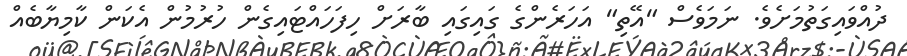
ދުއްވައިގަތުމަށެވެ. ނަމަވެސް "އޭތި" އަހަރެންގެ ގައިގައި ބާރަށް ހިފަހައްޓައިގެން ހުރުމުން އެކަން ކާމިޔާބެއް